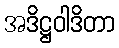
အဒိဋ္ဌဝါဒိတာ